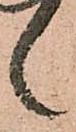
々